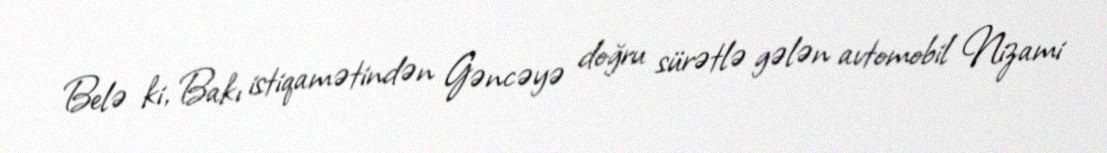
Belə ki, Bakı istiqamətindən Gəncəyə doğru sürətlə gələn avtomobil Nizami